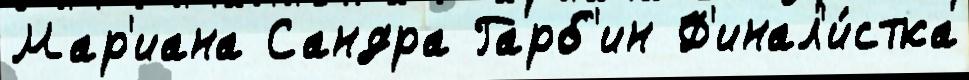
Мар'иана Сандра Гарб'ин Ф'инал'и́стка